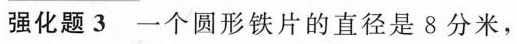
强化题3一个圆形铁片的直径是8分米，